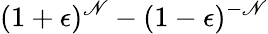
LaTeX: (1+\epsilon)^{\mathscr{N}}-(1-\epsilon)^{-\mathscr{N}}